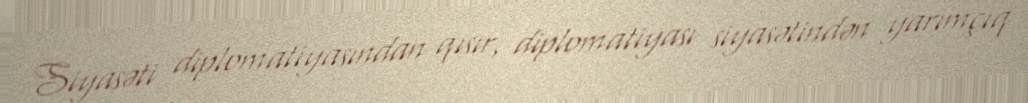
Siyasəti diplomatiyasından qısır, diplomatiyası siyasətindən yarımçıq